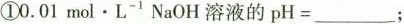
①0.01mol·L^{-1}NaOH溶液的pH=____；